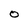
Character: 0